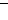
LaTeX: \bar{\; }